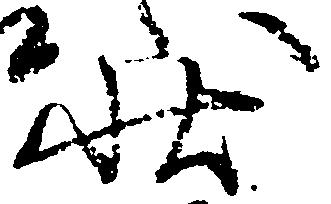
状